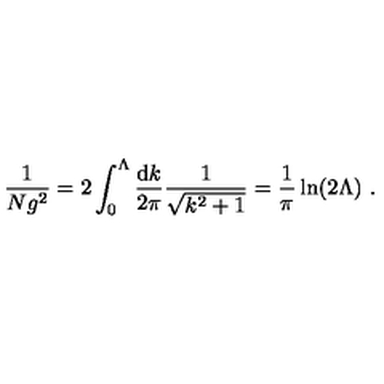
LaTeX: \frac { 1 } { N g ^ { 2 } } = 2 \int _ { 0 } ^ { \Lambda } \frac { \mathrm { d } k } { 2 \pi } \frac { 1 } { \sqrt { k ^ { 2 } + 1 } } = \frac { 1 } { \pi } \ln ( 2 \Lambda ) \ .